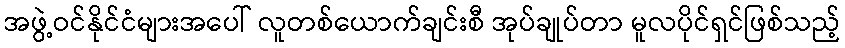
အဖွဲ့ဝင်နိုင်ငံများအပေါ် လူတစ်ယောက်ချင်းစီ အုပ်ချုပ်တာ မူလပိုင်ရှင်ဖြစ်သည့်